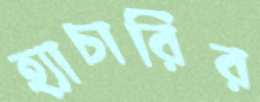
হ্যাচারির